Materia medica of Madras volume I
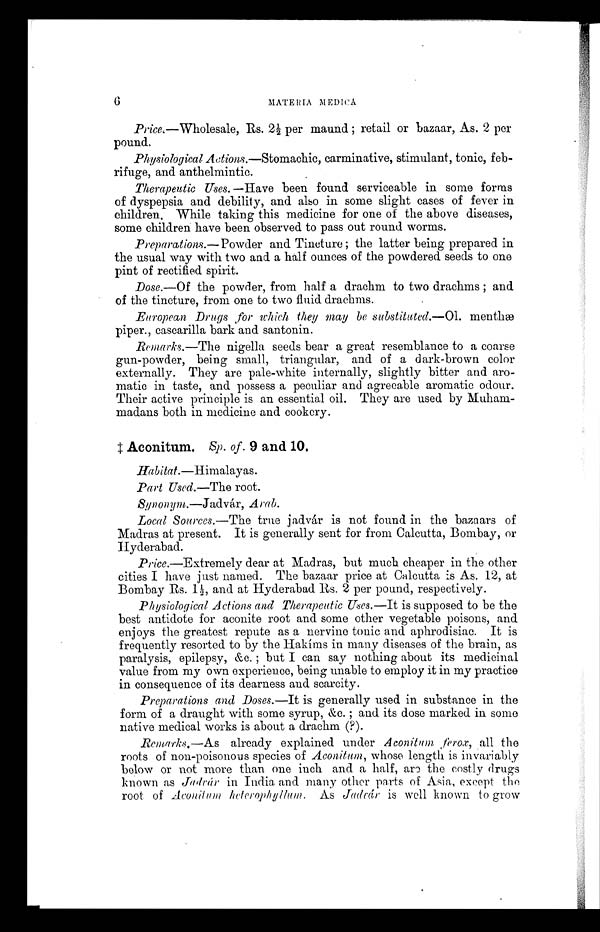
Price.—Wholesale, Rs. 2½ per maund; retail or bazaar, As. 2 per
pound.
Physiological Actions.—Stomachic, carminative, stimulant, tonic, feb-
rifuge, and anthelmintic.
Therapeutic Uses. —Have been found serviceable in some forms
of dyspepsia and debility, and also in some slight cases of fever in
children. While taking this medicine for one of the above diseases,
some children have been observed to pass out round worms.
Preparations.—Powder and Tincture; the latter being prepared in
the usual way with two and a half ounces of the powdered seeds to one
pint of rectified spirit.
Dose.—Of the powder, from half a drachm to two drachms; and
of the tincture, from one to two fluid drachms.
European Drugs for which they may be substituted.—01. menth
æ p i p e r . , c a s c a r i l l a b a r k a n d s a n t o n i n .
Remarks.—The nigella seeds bear a great resemblance to a coarse
gun-powder, being small, triangular, and of a dark-brown color
externally. They are pale-white internally, slightly bitter and aro-
matic in taste, and possess a peculiar and agreeable aromatic odour.
Their active principle is an essential oil. They are used by Muham-
madans both in medicine and cookery.
Aconitum. Sp. of. 9 and 10.
Habitat.—Himalayas.
Part Used.—The root.
Synonym.—Jadvár, Arab.
Local Sources.—The true jadvár is not found in the bazaars of
Madras at present. It is generally sent for from Calcutta, Bombay, or
Hyderabad.
Price.—Extremely dear at Madras, but much cheaper in the other
cities I have just named. The bazaar price at Calcutta is As. 12, at
Bombay Rs. 1½, and at Hyderabad Rs. 2 per pound, respectively.
Physiological Actions and Therapeutic Uses.—It is supposed to be the
best antidote for aconite root and some other vegetable poisons, and
enjoys the greatest repute as a nervine tonic and aphrodisiac. It is
frequently resorted to by the Hakíms in many diseases of the brain, as
paralysis, epilepsy, &c. ; but I can say nothing about its medicinal
value from my own experience, being unable to employ it in my practice
in consequence of its dearness and scarcity.
Preparations and Doses.—It is generally used in substance in the
form of a draught with some syrup, &c. ; and its dose marked in some
native medical works is about a drachm (?).
Remarks.—As already explained under A conitnm ferox, all the
roots of non-poisonous species of Aconitum, whose length is invariably
below or not more than one inch and a half, are the costly drugs
known as Jadvár in India and many other parts of Asia, except the
root of Aconitum heterophyllum. As Jadvàr is well known to grow